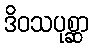
ဒိဝသပုစ္ဆာ